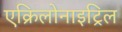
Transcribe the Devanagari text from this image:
एक्रिलोनाइट्रिल